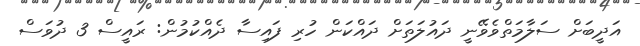
އަދީބަށް ސަލާމަތްވެވޭނީ ދައުލަތަށް ދައްކަން ހުރި ފައިސާ ދެއްކުމުން: ރައީސް 3 ދުވަސް